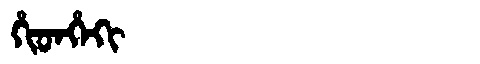
Manchu: ᡥᡳᡨᡥᡝᡴᡳ
Romanization: HITHEKI